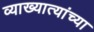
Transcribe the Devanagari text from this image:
व्याख्यात्यांच्या